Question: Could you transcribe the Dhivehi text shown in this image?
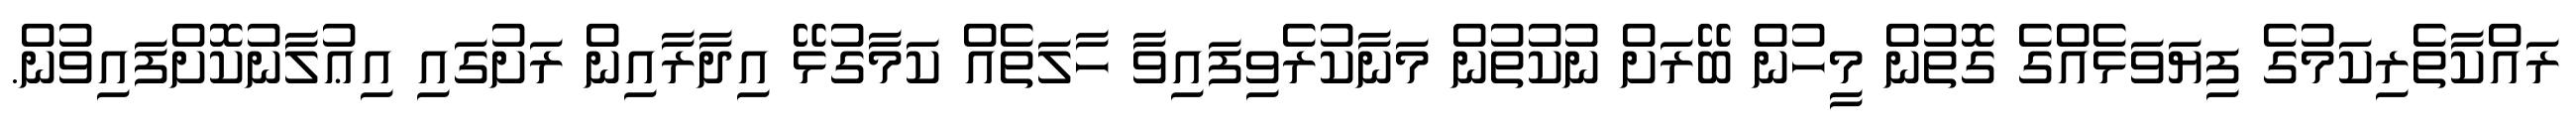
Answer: ރައްކާތެރިކަމުގެ ފިޔަވަޅެއްގެ ގޮތުން މީހުން ބޭރަށް ނުކުތުން މަނާކުރެވިފައިވާ ހާލަތެއް ކަމާގުޅޭ އިދާރާއިން ރަށުގައި އިޢުލާނުކޮށްފައިވުން.